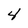
Character: 4